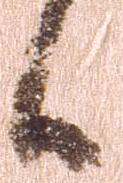
候